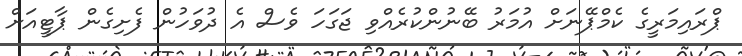
ޕްރައިމަރީގެ ކެމްޕޭނަށް އުމަރު ބޭނުންކުރެއްވި ޖަގަހަ ވެސް އެ ދުވަހުން ފެށިގެން ޕާޓީއަށް